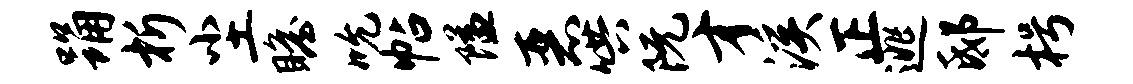
踊析尘瞻吮帖隘恶哄阮才溪正逃邸枵